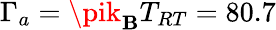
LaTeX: \Gamma_{a}=\pik_{\mathbf{B}}T_{RT}=80.7